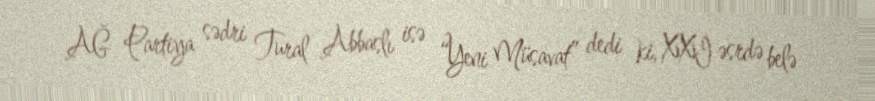
AĞ Partiya sədri Tural Abbaslı isə “Yeni Müsavat” dedi ki, XXI əsrdə belə